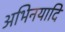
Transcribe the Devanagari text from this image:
अभिनयादि